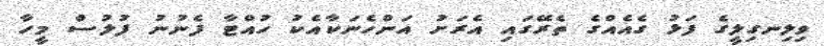
ވިލިނގިލީގެ ފަޅު ގެއެއްގެ ތެރޭގައި އެރަށު އަންހެނަކާއެކު ހުއްޓާ ފެނުނު ފުލުސް މީހާ